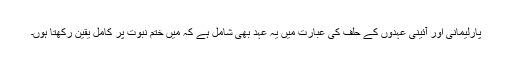
پارلیمانی اور آئینی عہدوں کے حلف کی عبارت میں یہ عہد بھی شامل ہے کہ میں ختمِ نبوت پر کامل یقین رکھتا ہوں۔